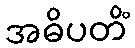
အဓိပတိံ